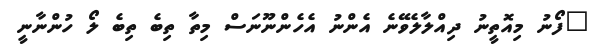
"ފޯނު މިއޮތީނު ދިއްލާލެވޭނެ އެންނު އެހެންނޫނަސް މިތާ ތިބެ ތިބެ ލޯ ހުންނާނީ